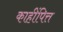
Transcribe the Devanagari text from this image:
काहींपित्त